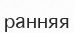
ранняя